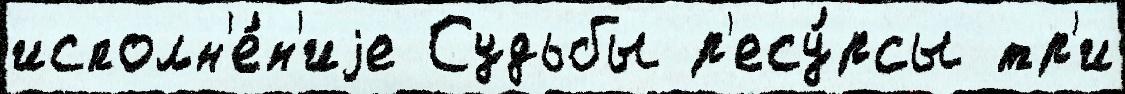
исполн'е́н'иjе Судьбы р'есу́рсы тр'и